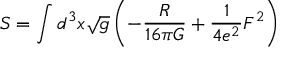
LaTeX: S = \int d ^ { 3 } x \sqrt { g } \left( - { \frac { R } { 1 6 \pi G } } + { \frac { 1 } { 4 e ^ { 2 } } } F ^ { 2 } \right)